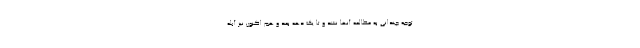
توجه چندانی به مطالعه آنها نشد و تا یک دهه بعد و هم اکنون نیز آبله